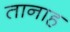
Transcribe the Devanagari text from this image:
तानाह